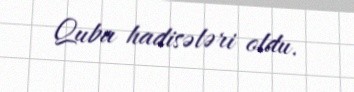
Quba hadisələri oldu.